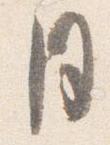
月